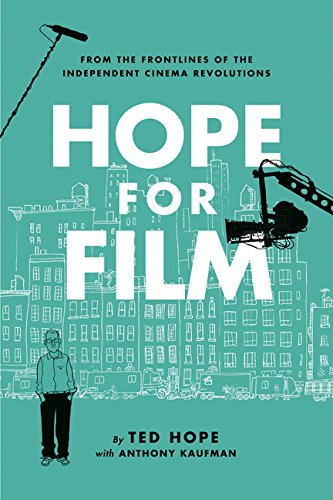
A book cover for Hope For Film: From the Frontline of the Independent Cinema Revolutions; Ted Hope; Biographies & Memoirs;